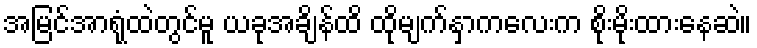
အမြင်အာရုံထဲတွင်မူ ယခုအချိန်ထိ ထိုမျက်နှာကလေးက စိုးမိုးထားနေဆဲ။